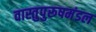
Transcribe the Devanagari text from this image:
वास्तुपुरूषमंडल